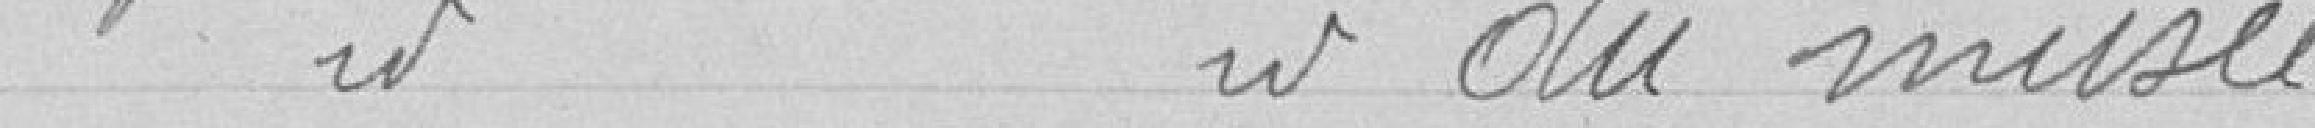
Surface des murs du musée